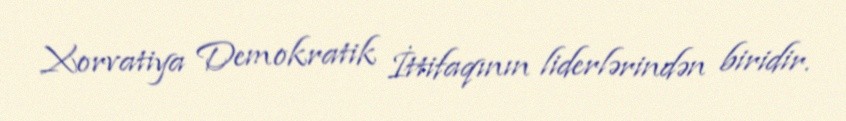
Xorvatiya Demokratik İttifaqının liderlərindən biridir.